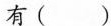
有( )